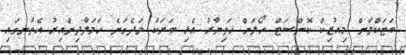
ބަޓަކްލާން މިއުޒިކް ކޮންސަޓް ހޯލަށް ހަތިޔާރު އެޅި ބަޔަކު ވަދެގަނެ ހަމަލާދިންއިރު އެތާނގައި